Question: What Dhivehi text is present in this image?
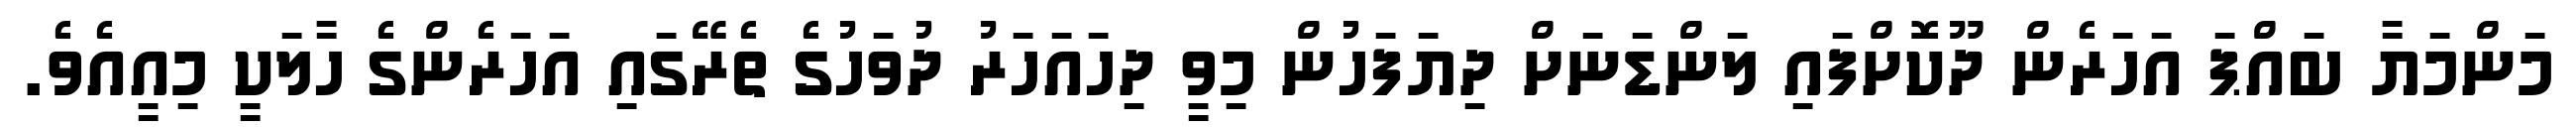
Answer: މަންމަޔާ ބައްޕަ އަހަރެން ދޫކޮށްފައި ލަންޑަނަށް ދިޔަފަހުން މިވީ ދިހައަހަރު ދުވަހުގެ ތެރޭގައި އަހަރެންގެ ހާލަކީ މިއީއެވެ.